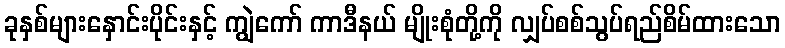
ခုနှစ်များနှောင်းပိုင်းနှင့် ကျွဲကော် ကာဒီနယ် မျိုးစုံတို့ကို လျှပ်စစ်သွပ်ရည်စိမ်ထားသော